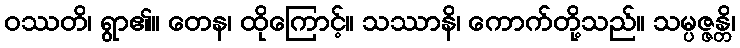
ဝဿတိ၊ ရွာ၏။ တေန၊ ထိုကြောင့်။ သဿာနိ၊ ကောက်တို့သည်။ သမ္ပဇ္ဇန္တိ၊